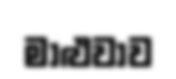
මාළුවාව